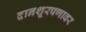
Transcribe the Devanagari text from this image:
दानशूरपणावर